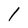
Character: l